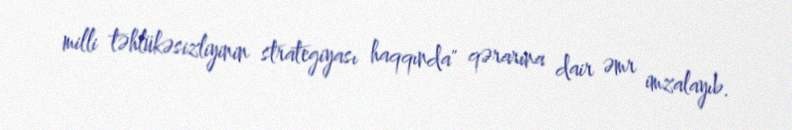
milli təhlükəsizliyinin strategiyası haqqında" qərarına dair əmr imzalayıb.